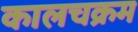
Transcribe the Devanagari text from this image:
कालचक्रम